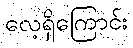
လေ့ရှိကြောင်း